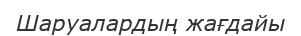
Шаруалардың жағдайы